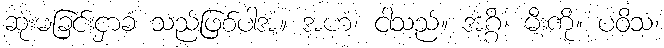
ဆုံးမခြင်းငှာခံ သည်ဖြစ်ပါအံ့။ အဟံ၊ ငါသည်။ အဂ္ဂိံ၊ မီးကို။ ပဝိသ၊